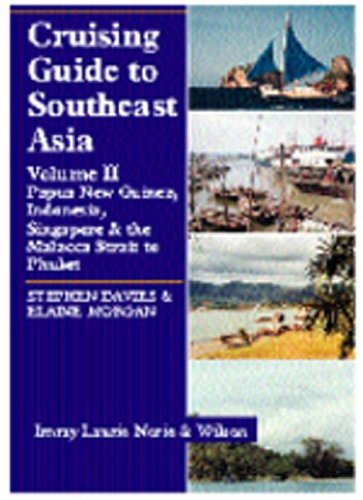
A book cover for Cruising Guide to Southeast Asia, Vol. 2: Papua New Guinea, Indonesia, Singapore & the Malacca Strait to Phuket; Stephen Davies; Travel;